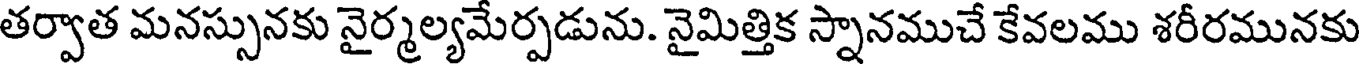
తర్వాత మనస్సునకు నైర్మల్యమేర్పడును. నైమిత్తిక స్నానముచే కేవలము శరీరమునకు